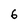
Character: 6